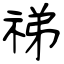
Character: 祶